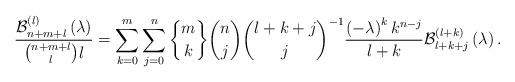
LaTeX: \begin{align*}\frac{\mathcal{B}_{n+m+l}^{\left( l\right) }\left( \lambda\right) }{\binom{n+m+l}{l}l}=\sum_{k=0}^{m}\sum_{j=0}^{n}\genfrac{\{}{\}}{0pt}{}{m}{k}\binom{n}{j}\binom{l+k+j}{j}^{-1}\frac{\left( -\lambda\right) ^{k}k^{n-j}}{l+k}\mathcal{B}_{l+k+j}^{\left( l+k\right) }\left( \lambda\right) .\end{align*}